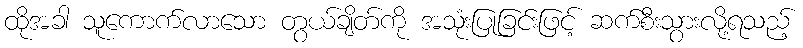
ထိုအခါ သူကောက်လာသော တွယ်ချိတ်ကို အသုံးပြုခြင်းဖြင့် ဆက်စီးသွားလို့ရသည့်